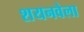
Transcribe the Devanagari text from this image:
शयनवेला